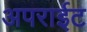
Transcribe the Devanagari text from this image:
अपराईट